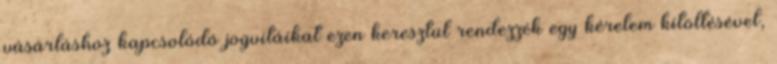
vásárláshoz kapcsolódó jogvitáikat ezen keresztül rendezzék egy kérelem kitöltésével,